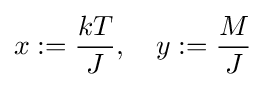
x:={\frac {kT}{J}},\quad y:={\frac {M}{J}}